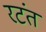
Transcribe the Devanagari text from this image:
रटंत